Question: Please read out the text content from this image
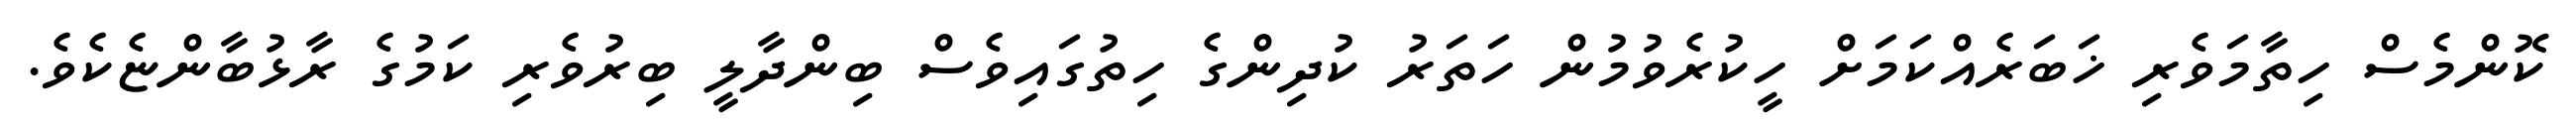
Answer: ކޮންމެސް ހިތާމަވެރި ޚަބަރެއްކަމަށް ހީކުރެވުމުން ހަތަރު ކުދިންގެ ހިތުގައިވެސް ބިންދާލީ ބިރުވެރި ކަމުގެ ރާޅުބާންޏެކެވެ.